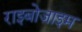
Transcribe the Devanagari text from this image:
राइबोज़ाइम